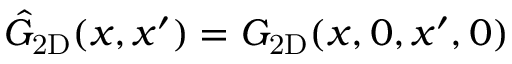
\hat { G } _ { \mathrm { 2 D } } ( x , x ^ { \prime } ) = { G } _ { \mathrm { 2 D } } ( x , 0 , x ^ { \prime } , 0 )